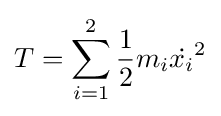
T=\sum _{i=1}^{2}{\frac {1}{2}}m_{i}{\dot {x_{i}}}^{2}